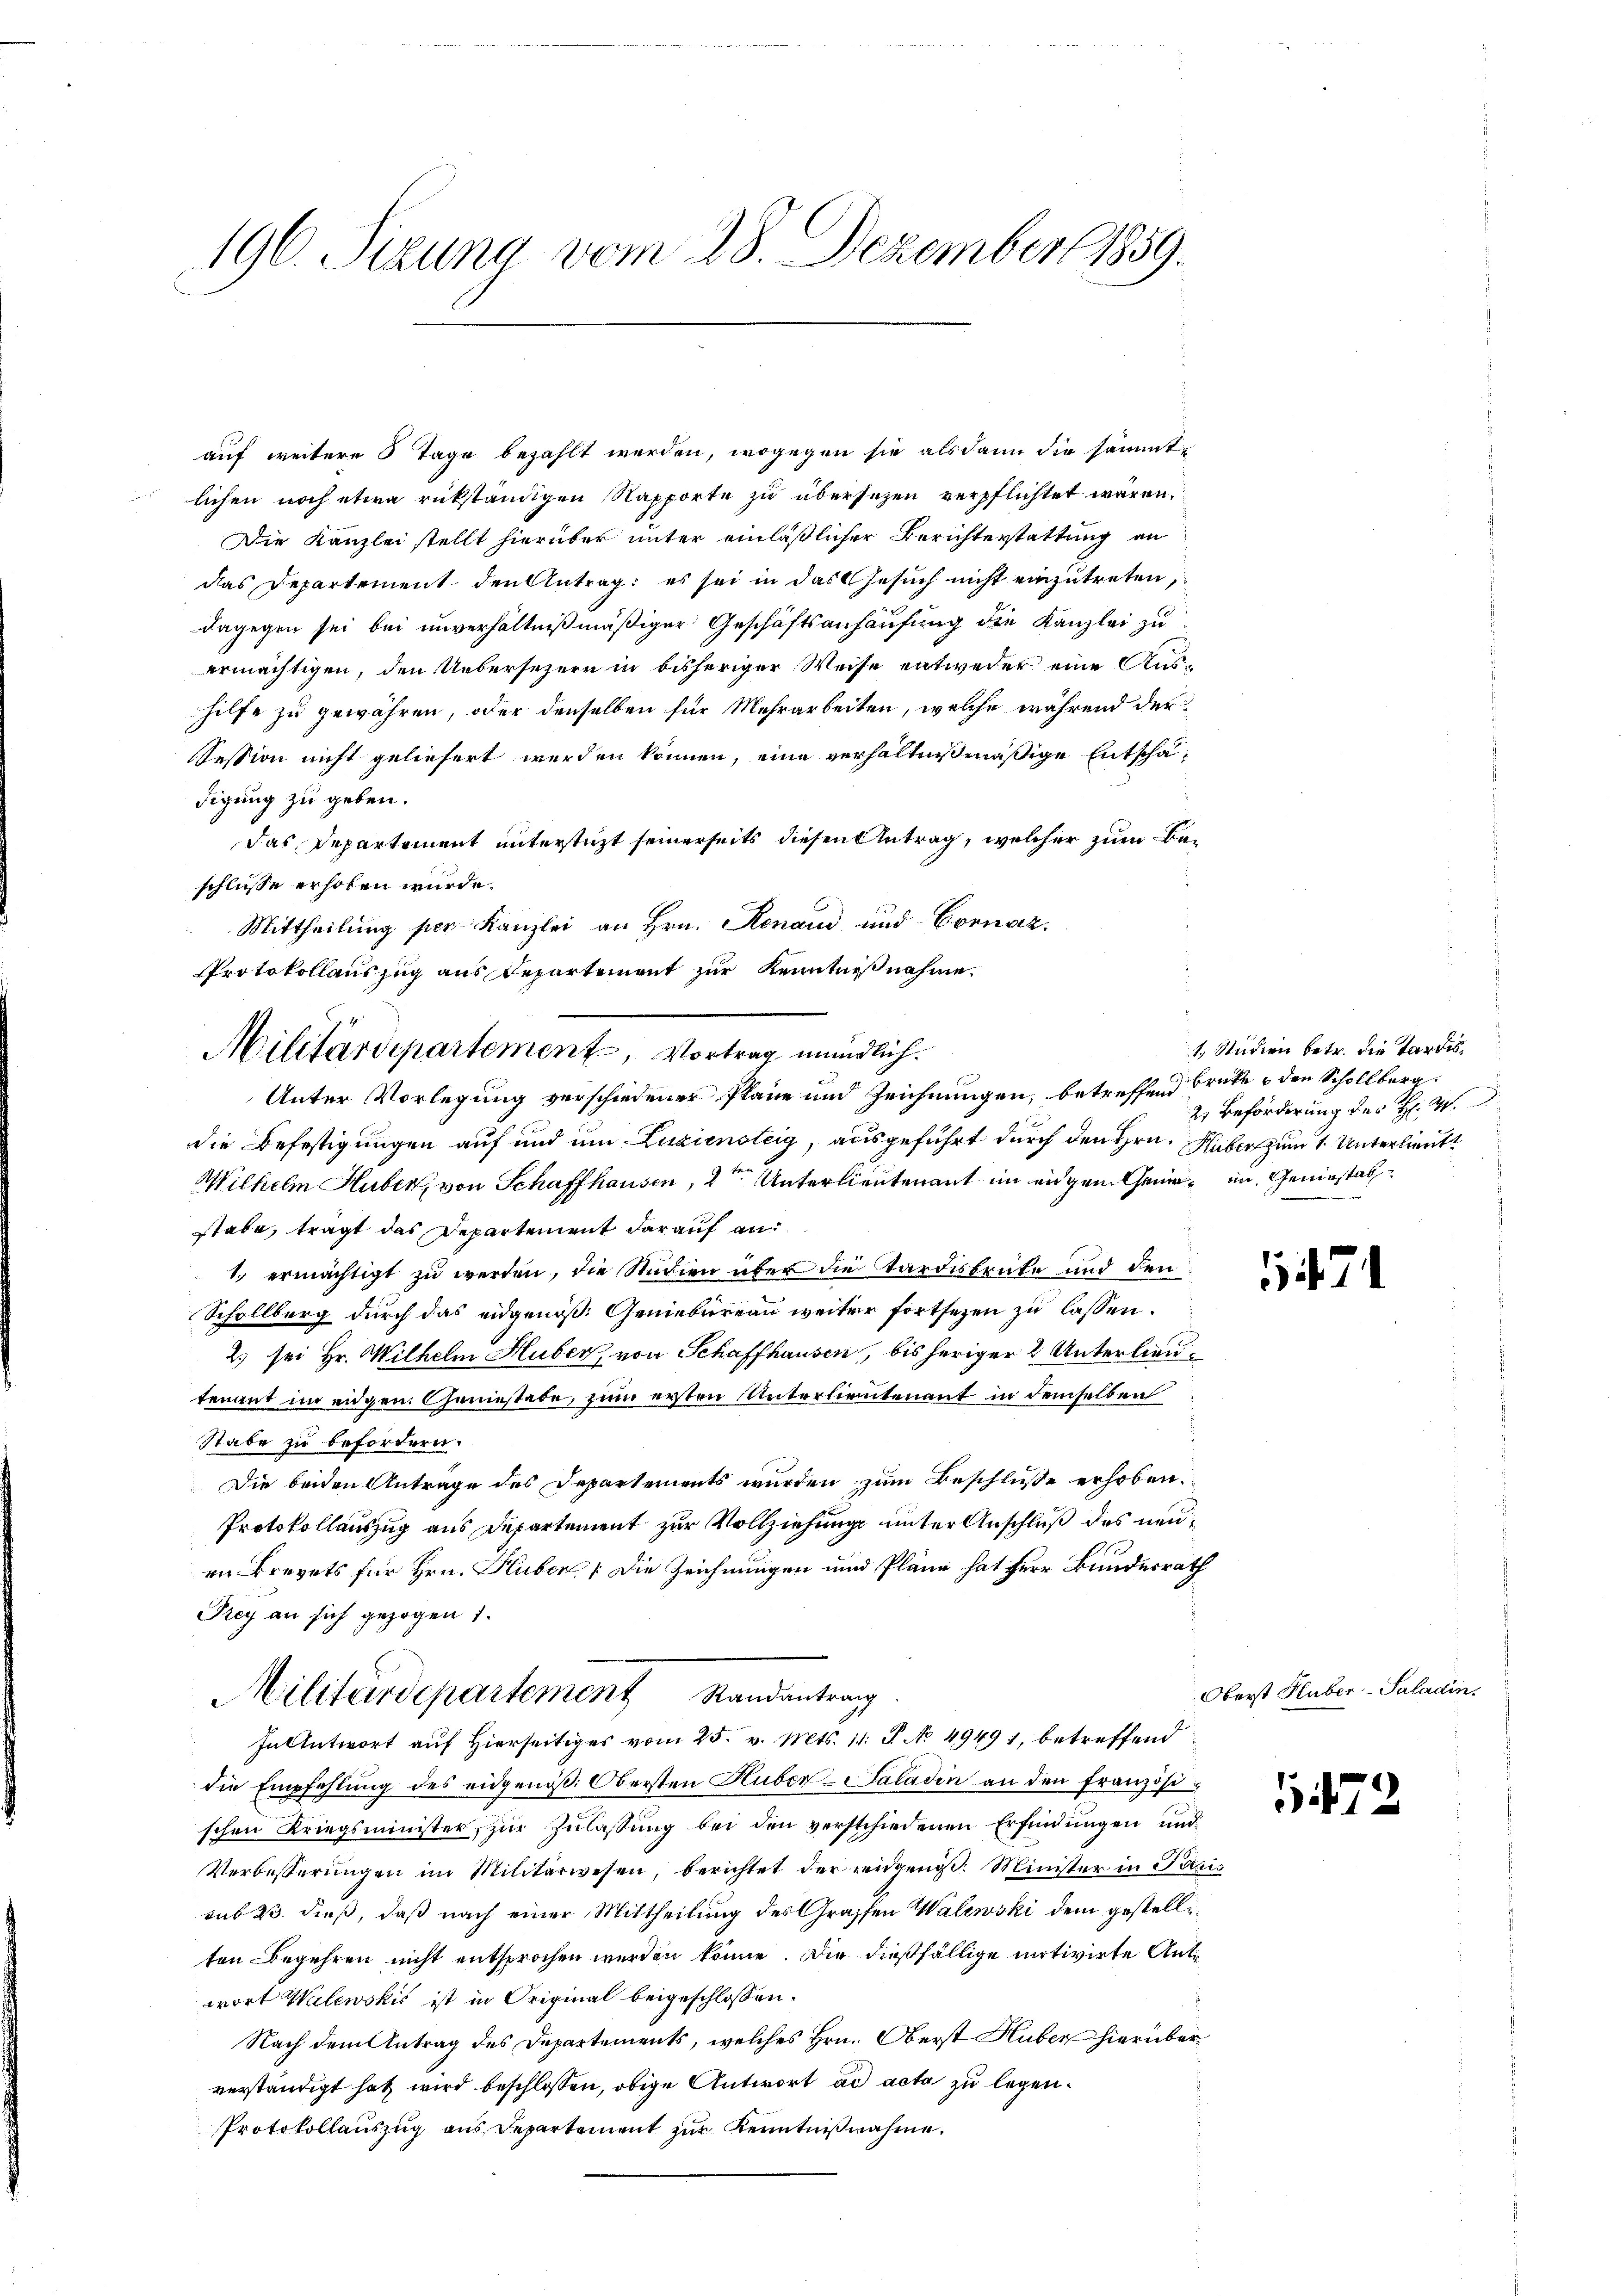
196. Sizung vom 28. Dezember 1859.

auf weitere 5 Tage bezahlt werden, wogegen sie alsdann die sämmt-
lichen noch etwa rükständigen Napporte zu übersezen verpflichtet wären.
Die Kanzlei stellt hierüber unter einläßlicher Berichterstattung an
das Departement den Antrag: es sei in das Gesuch nicht einzutreten,
dagegen sei bei unverhältnißmäßiger Geschäftsanhausung die Kanzlei zu
ermächtigen, den Uebersezern in bisheriger Weise entweder eine Aushilfe zu gewähren, oder denselben für Mehrarbeiten, welche während der
Session nicht geliefert werden können, eine verhältnißmäßige Entschädigung zu geben.
Das Departement unterstüzt seinerseits diesen Antrag, welcher zum Beschlüsse erhoben würde.
Mittheilung per Kanzlei an Hrn. Renaud und Cornaz,
Protokollauszug aus Departemont zur Kenntnißnahme.
Unter Vorlegung verschiedener Pläne und Zeichnungen, betreffend Brüke & den Scholle
die Befestigungen auf und um Zuziensteig, ausgeführt durch den Hrn. Huber zum 1 Unterlieut
Wilhelm Huber, von Schaffhausen, 2ten Unterlieutenant im eigen Gemein Geniestalstabe, trägt das Departement darauf an¬
1.) ermächtigt zu werden, die Studien über die Tardisbrüte und den
Schollberg durch das eidgenoß. Geniebureau weiter fortsetzen zu lassen.
2. sei Hr. Wilhelm Huber, von Schaffhausen, bis heriger 2 Unterlieutenant im eidgen. Geniestate, zum ersten Unterlieutenant in demselben
Stabe zu befördern.
Die beiden Antrage des Departements wurden zum Beschluße erhoben.
Protokollauszug aus Departement zur Vollziehung unter Anschluß des neuin Brevets für Hrn. Huber die Zeichnungen und Pläne hat für Bundesrath
Key an sich gezogen 1.
Militärdepartement Randantrag
Fn Antwort auf Hierseitiges vom 25. v. Mts. 11. P. No 49491, betreffend
die Empfehlung des eidgenöß. Obersten Huber-Saladin an den Französischen Kriegsminister zŭr Zŭlassŭng bei den verschiedenen Erfindungen und
Verbesserŭngen im Militärwesen, berichtet der eidgenos. Minister in Paris
sub 23. dieß, daß nach einer Mittheilung des Graffen Walewski dem gestelleten Begehren nicht entsprochen werden könne. Die dießfällige motivirte Antwort Walewskis ist in Original beigeschlossen.
Nach dem Antrag des Departements, welches Hrn. Oberst Huber hierüberverständigt hat wird beschlossen, obige Antwort ad acta zu legen.
Protokollauszug aus Departement zur Kenntnißnahme.

Militärdepartement, Vortrag mündlich.

1, Studien betr. die Tardis,
2. Beförderung der

Oberst Huber-Saladin.

147

2